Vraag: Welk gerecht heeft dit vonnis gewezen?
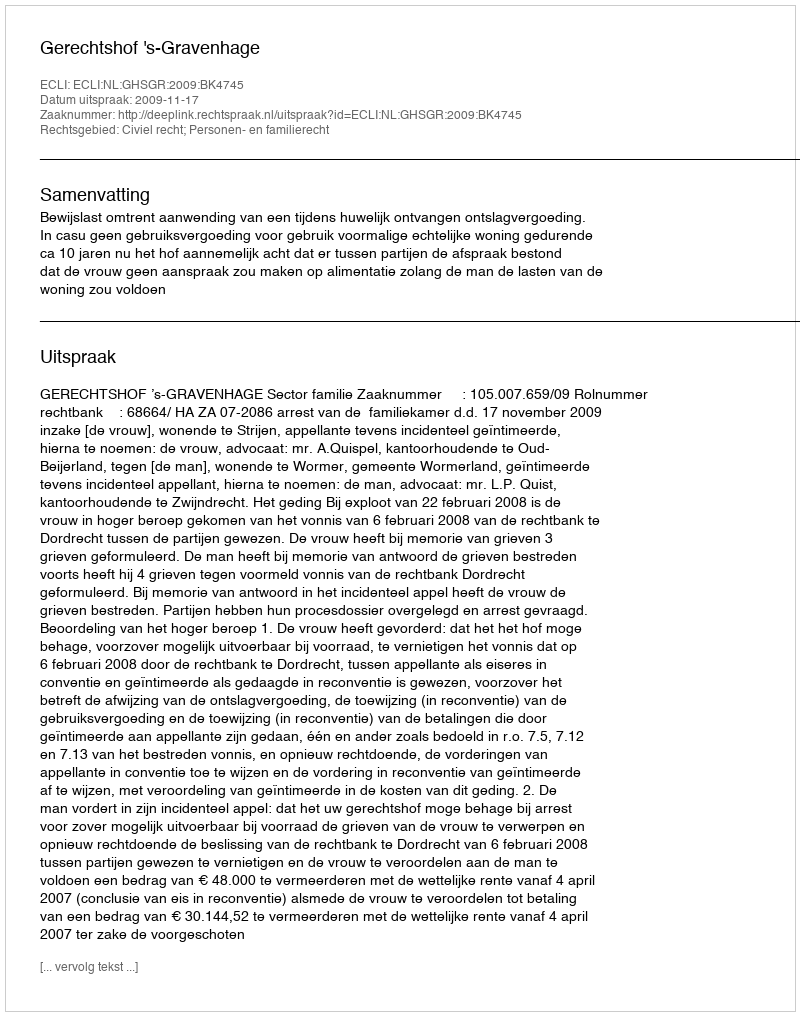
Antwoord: Gerechtshof 's-Gravenhage